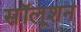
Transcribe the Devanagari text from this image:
सॉलूशन